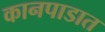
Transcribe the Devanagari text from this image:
कानपाडात